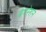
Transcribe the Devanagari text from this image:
बैगरेशन